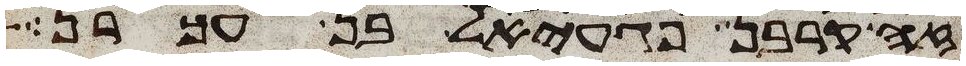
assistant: זה קרבן פגעאל בן עכרן